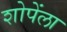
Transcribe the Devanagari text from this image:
शोपेंला